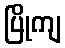
ပြိုကျ